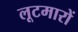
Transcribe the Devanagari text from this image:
लूटमारों